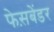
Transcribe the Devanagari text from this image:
फेस़बेंडर